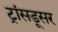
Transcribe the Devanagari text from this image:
ट्रांसडूसर